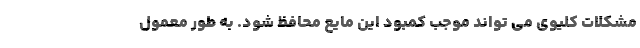
مشکلات کلیوی می تواند موجب کمبود این مایع محافظ شود. به طور معمول